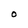
Character: O